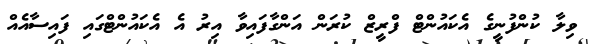
ވިލާ ކުންފުނީގެ އެކައުންޓް ފްރީޒް ކުރަން އަންގާފައިވާ އިރު އެ އެކައުންޓްގައި ފައިސާއެއް